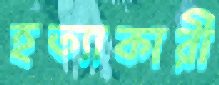
হত্যাকারী